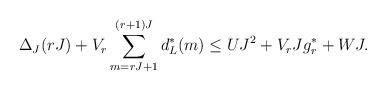
LaTeX: \begin{align*} \Delta_J(rJ) + V_r \sum_{m=rJ+1}^{(r+1)J}d_L^*(m) \leq UJ^2 + V_r J g^*_r +WJ . \end{align*}